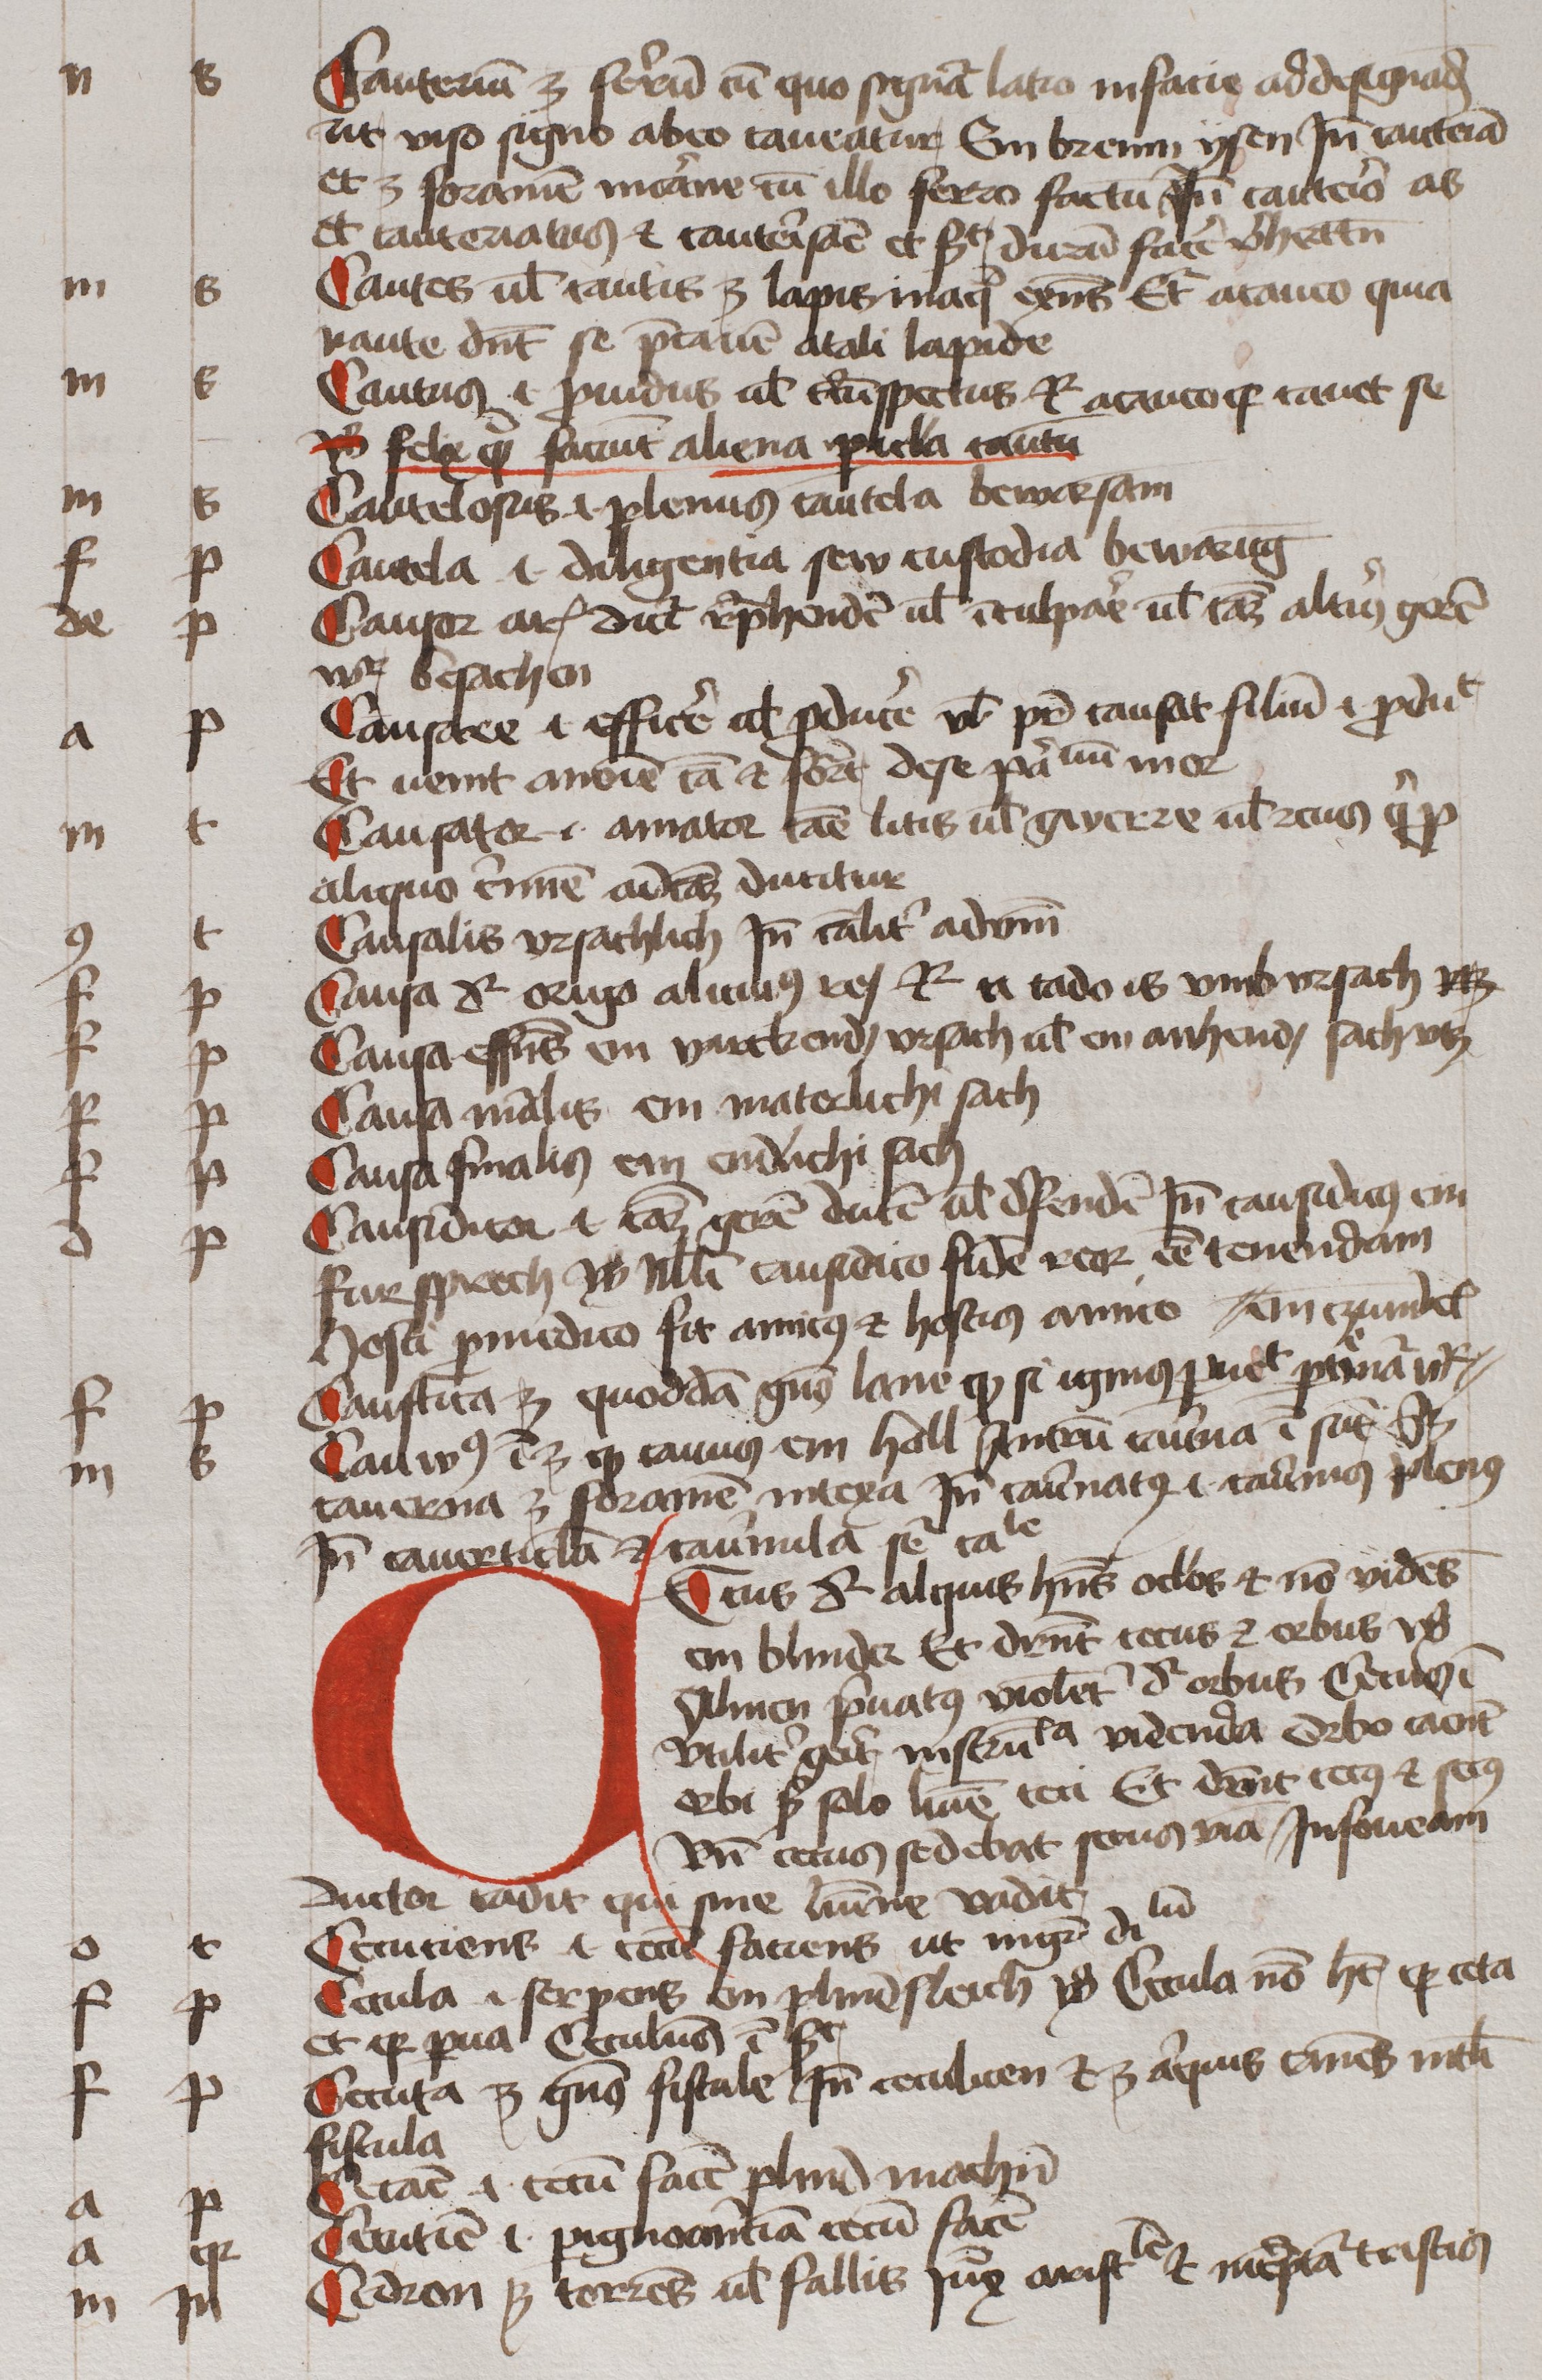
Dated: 1450–1474